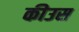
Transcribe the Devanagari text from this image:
कीउस